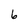
Character: 6